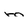
Character: m